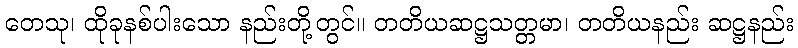
တေသု၊ ထိုခုနစ်ပါးသော နည်းတို့တွင်။ တတိယဆဋ္ဌသတ္တမာ၊ တတိယနည်း ဆဋ္ဌနည်း